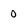
Character: 0